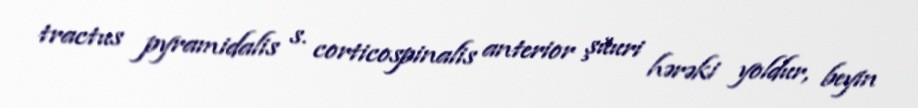
tractus pyramidalis s. corticospinalis anterior şüuri hərəki yoldur, beyin